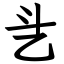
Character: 乧